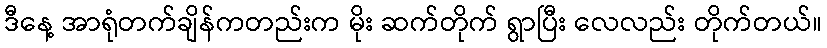
ဒီနေ့ အာရုံတက်ချိန်ကတည်းက မိုး ဆက်တိုက် ရွာပြီး လေလည်း တိုက်တယ်။